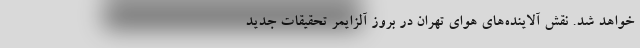
خواهد شد. نقش آلاینده‌های هوای تهران در بروز آلزایمر تحقیقات جدید